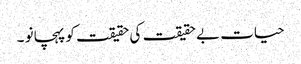
حیات بے حقیقت کی حقیقت کو پہچانو ۔